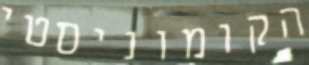
הקומוניסטי